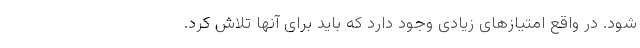
شود. در واقع امتیازهای زیادی وجود دارد که باید برای آنها تلاش کرد.